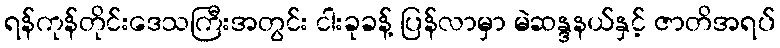
ရန်ကုန်တိုင်းဒေသကြီးအတွင်း ငါးခုခန့် ပြန်လာမှာ မဲဆန္ဒနယ်နှင့် ဇာတိအရပ်